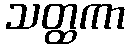
သတ္ထကာ